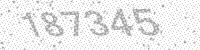
Solution: 187345